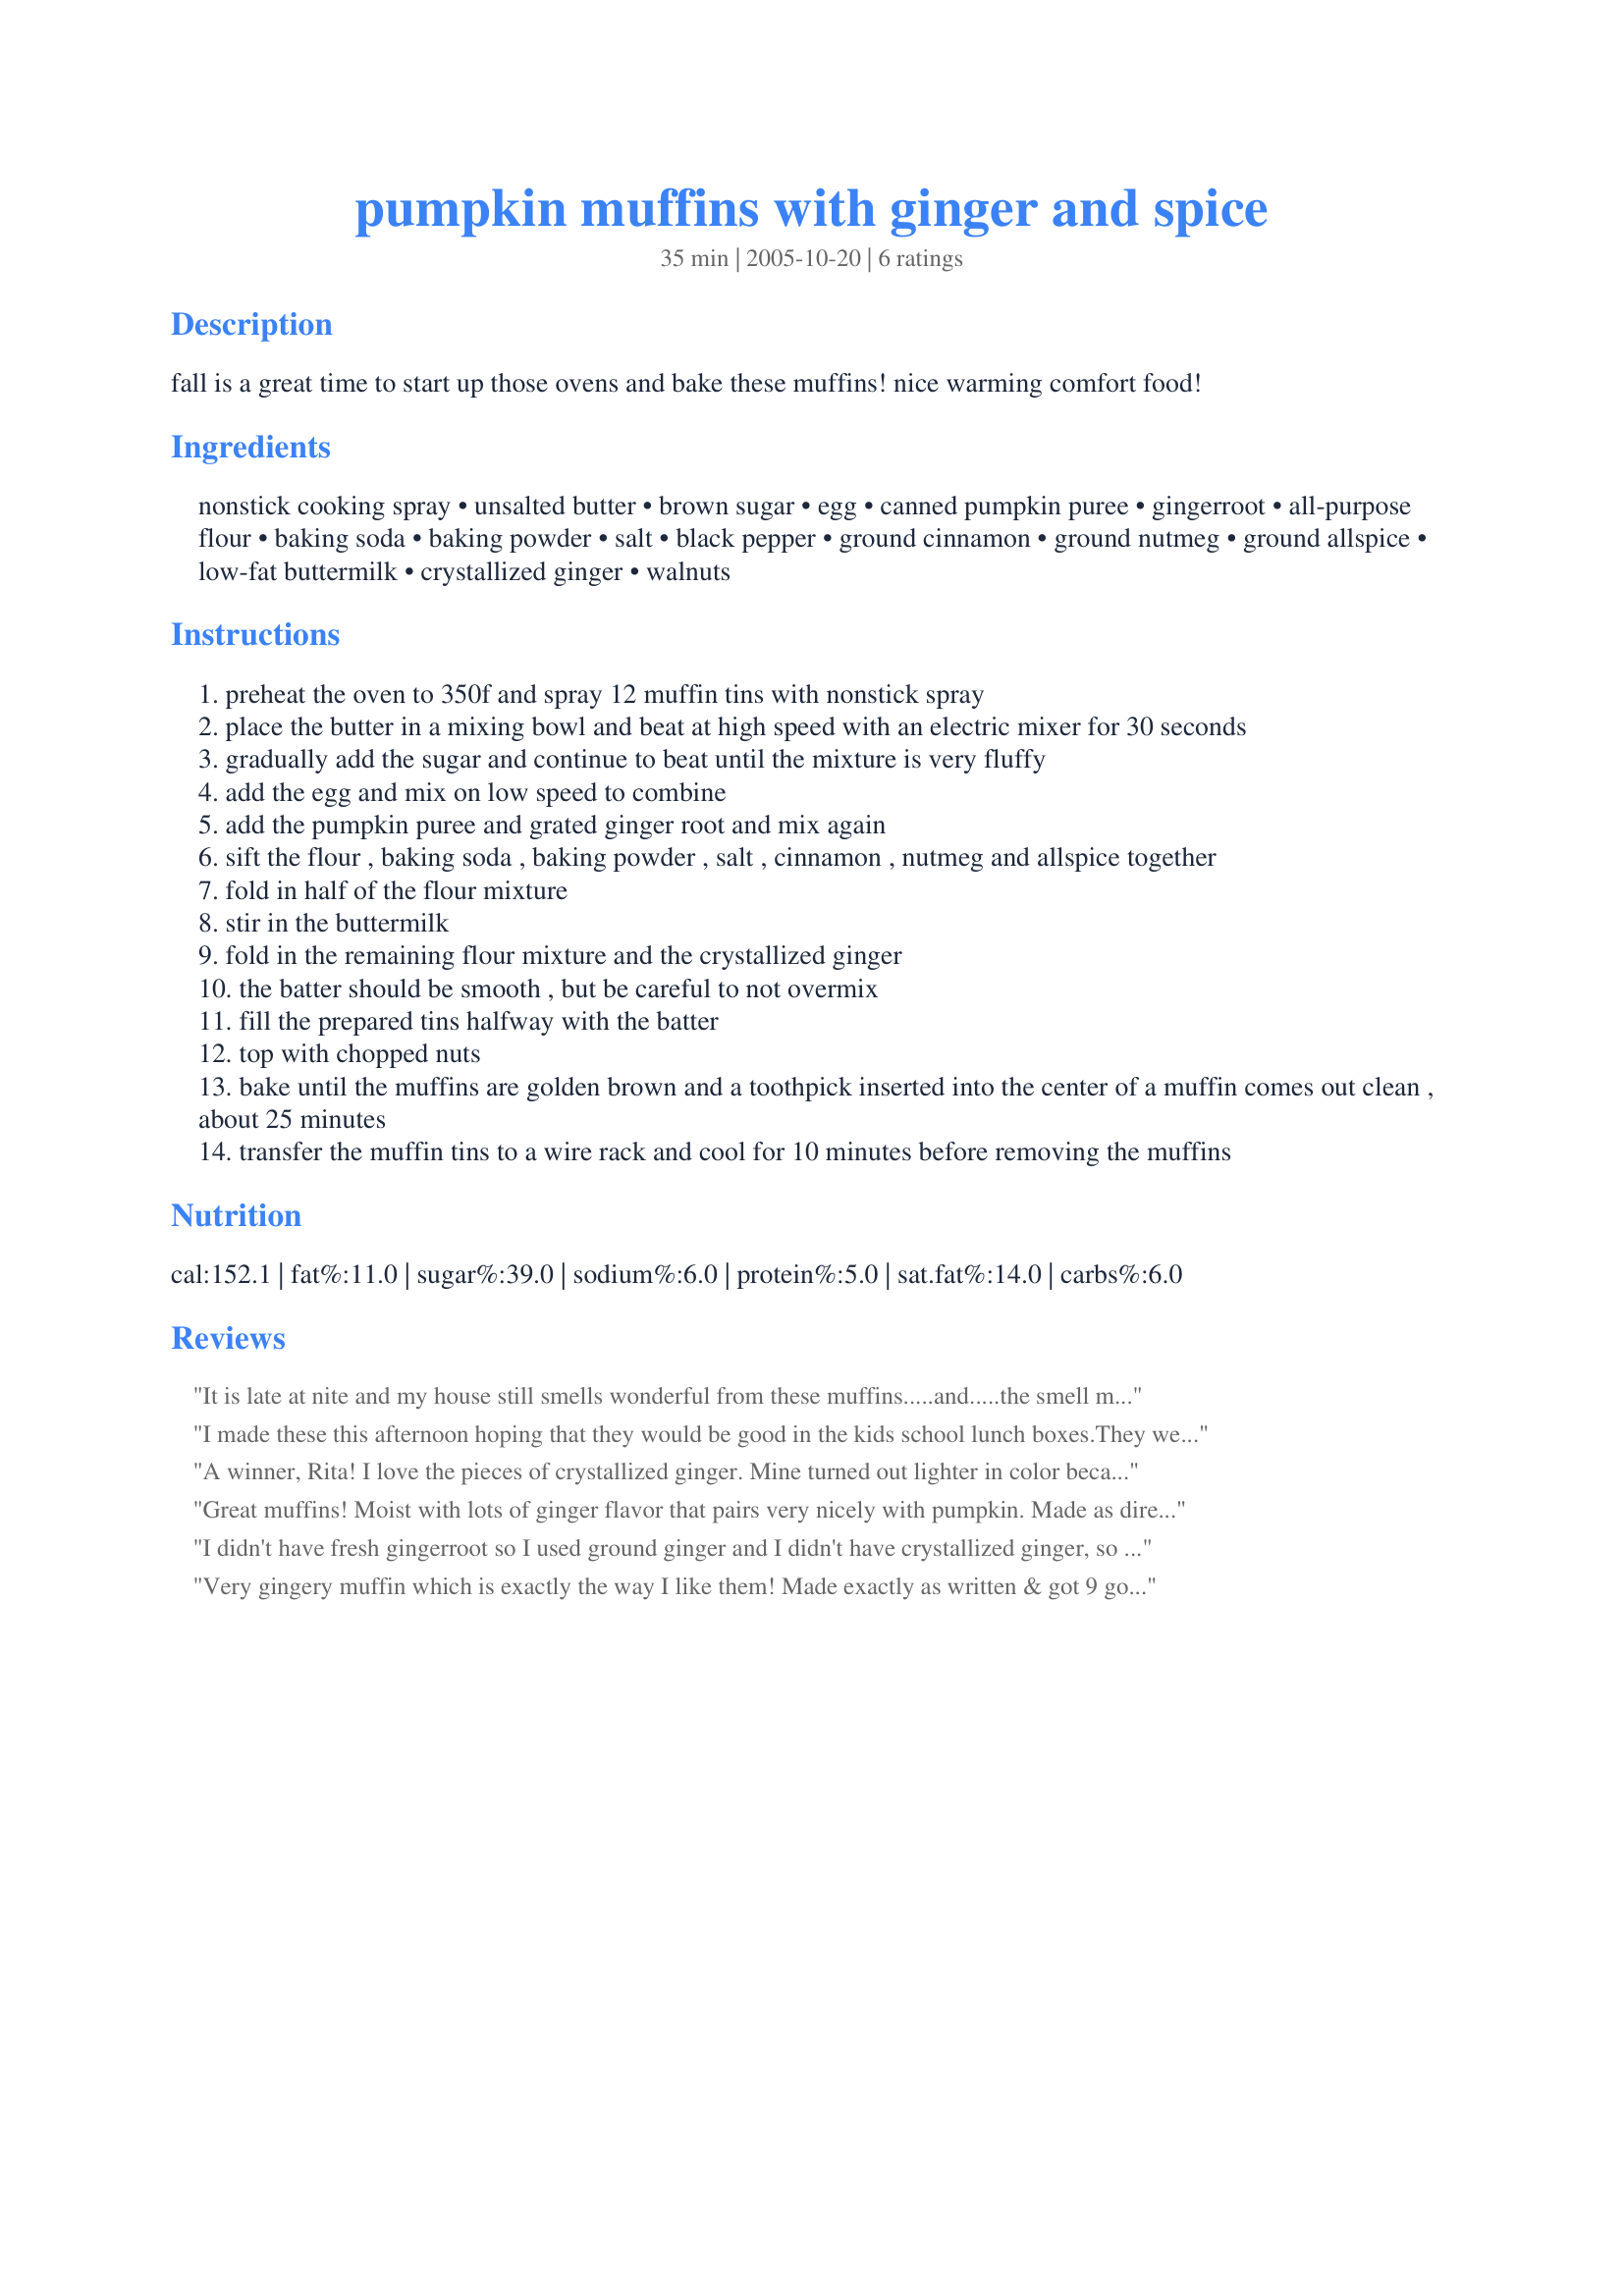
pumpkin muffins with ginger and spice
Preparation time: 35 minutes

fall is a great time to start up those ovens and bake these muffins! nice warming comfort food!

Ingredients:
nonstick cooking spray, unsalted butter, brown sugar, egg, canned pumpkin puree, gingerroot, all-purpose flour, baking soda, baking powder, salt, black pepper, ground cinnamon, ground nutmeg, ground allspice, low-fat buttermilk, crystallized ginger, walnuts

Steps:
preheat the oven to 350f and spray 12 muffin tins with nonstick spray
place the butter in a mixing bowl and beat at high speed with an electric mixer for 30 seconds
gradually add the sugar and continue to beat until the mixture is very fluffy
add the egg and mix on low speed to combine
add the pumpkin puree and grated ginger root and mix again
sift the flour , baking soda , baking powder , salt , cinnamon , nutmeg and allspice together
fold in half of the flour mixture
stir in the buttermilk
fold in the remaining flour mixture and the crystallized ginger
the batter should be smooth , but be careful to not overmix
fill the prepared tins halfway with the batter
top with chopped nuts
bake until the muffins are golden brown and a toothpick inserted into the center of a muffin comes out clean , about 25 minutes
transfer the muffin tins to a wire rack and cool for 10 minutes before removing the muffins

Reviews:
It is late at nite and my house still smells wonderful from these muffins.....and.....the smell matches the great taste! I made two small changes, one was that I cut the fresh ginger down to about 3/4 of a tsp and used evaporated milk ( no buttermilk on hand). After tasting them, I will use the full amount of fresh ginger the next time along with more cinnamon (personal taste).
Thanks Rita for another super recipe!
I made these this afternoon hoping that they would be good in the kids school lunch boxes.They were just tooooo good and there are none left! Great taste, the pumpkin keeps them moist and the spice blend is delicious. Loved the bits of crystallized ginger throughout them. Definitely a make again recipe, next time I will hide them!
A winner, Rita! I love the pieces of crystallized ginger. Mine turned out lighter in color because I used Splenda, but still very tasty! Nice spice combination. Thanks for posting this!
Great muffins! Moist with lots of ginger flavor that pairs very nicely with pumpkin. Made as directed and wouldn't change a thing. Thanks for sharing the recipe!
I didn't have fresh gingerroot so I used ground ginger and I didn't have crystallized ginger, so I left that out. But this was still good little muffin. In place of chopped nuts on the top, I sprinkled some dry oats. A good, tasty recipe.
Very gingery muffin which is exactly the way I like them! Made exactly as written & got 9 good sized muffins. They domed up beautifully, were moist & spicy and an all round great treat! Thanks for sharing!
